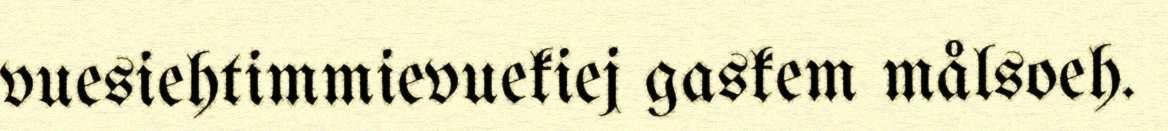
vuesiehtimmievuekiej gaskem målsoeh.